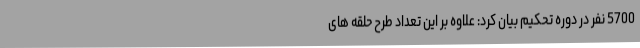
5700 نفر در دوره تحکیم بیان کرد: علاوه بر این تعداد طرح حلقه های